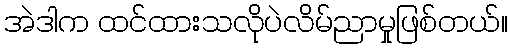
အဲဒါက ထင်ထားသလိုပဲလိမ်ညာမှုဖြစ်တယ်။